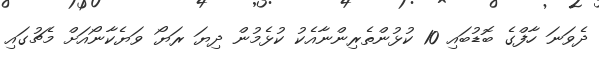
ދެވަނަ ހާފްގެ ބޮޑުބައި 10 ކުޅުންތެރިންނާއެކު ކުޅެމުން ދިޔަ ރަޔޯ ވަޔެކާނޯއަށް މެޗުގައި